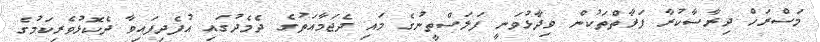
މަސްރަހް ދިރާސާކުރާ ފަރާތްތަކުން ވިދާޅުވަނީ ފަލަސްތީނުގެ މައި ދެޖަމާއަތުގެ ދެމެދުގައި އުފެދިފައިވާ ދެކޮޅުވެރިކަމުގެ